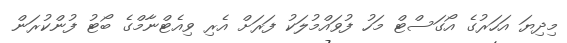
މިދިޔަ އަހަރުގެ އޯގަސްޓް މަހު ފުވައްމުލަކު ފަރަށް އެރި ވިއެޓްނާމްގެ ބޯޓު ފުންކުރަން